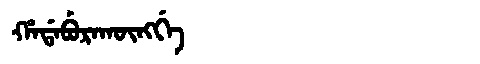
Manchu: ᡥᠠᡩᠠᠪᡠᡵᠠᡴᡡᠩᡤᡝ
Romanization: HADABURAKŪNGGE